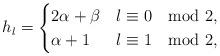
LaTeX: \begin{align*}h_{l}=\begin{cases}2\alpha+\beta & l\equiv 0 \mod 2, \\\alpha + 1 & l\equiv 1 \mod 2,\end{cases}\end{align*}